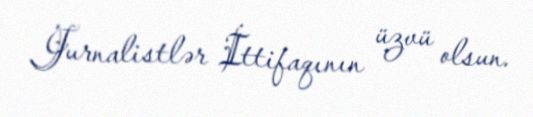
Jurnalistlər İttifaqının üzvü olsun.